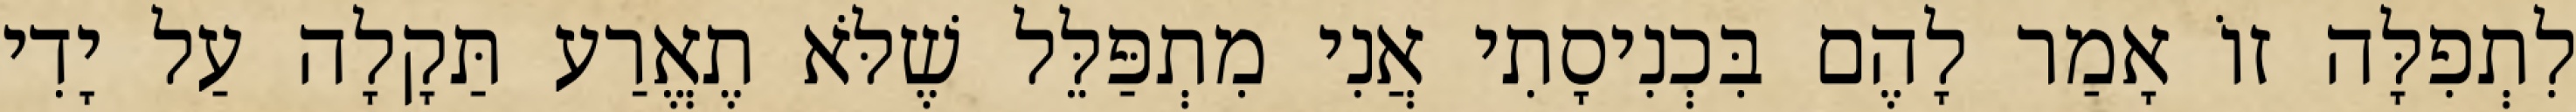
לִתְפִלָּה זוֹ אָמַר לָהֶם בִּכְנִיסָתִי אֲנִי מִתְפַּלֵּל שֶׁלֹּא תֶאֱרַע תַּקָלָה עַל יָדִי